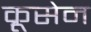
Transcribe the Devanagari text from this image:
क्रूसेन